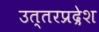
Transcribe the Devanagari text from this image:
उत्तरप्रद्रेश